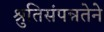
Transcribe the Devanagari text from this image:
श्रुतिसंपन्नतेने